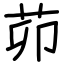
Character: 茆